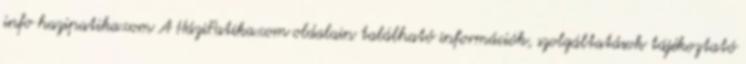
info hazipatika.com A HáziPatika.com oldalain található információk, szolgáltatások tájékoztató